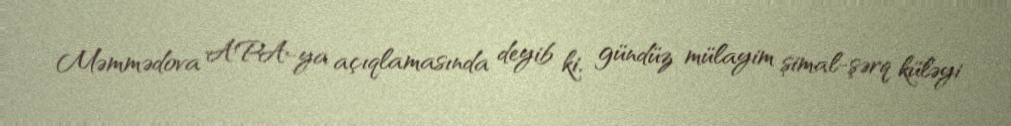
Məmmədova APA-ya açıqlamasında deyib ki, gündüz mülayim şimal-şərq küləyi